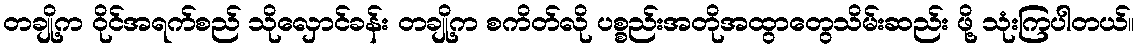
တချို့က ဝိုင်အရက်စည် သိုလှောင်ခန်း တချို့က စကိတ်လို ပစ္စည်းအတိုအထွာတွေသိမ်းဆည်း ဖို့ သုံးကြပါတယ်။